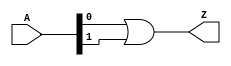
module or_2in_v (
  input [1:0] A,
  output Z
  );

  or(Z, A[0], A[1]);

endmodule //and_2in_v